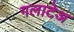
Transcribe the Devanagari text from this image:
गलाटेअ